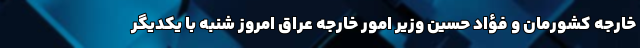
خارجه کشورمان و فؤاد حسین وزیر امور خارجه عراق امروز شنبه با یکدیگر